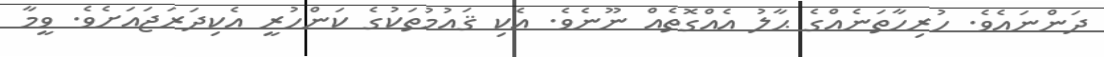
ދަންނައެވެ. ހުރިހާތަނެއްގެ ޙާލު އެއްގޮތެއް ނޫނެވެ. އެކި ޤައުމުތަކުގެ ކަންހުރީ އެކިދަރަޖައަށެވެ. ވީމާ